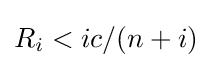
R_{i}<ic/(n+i)